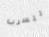
تتسرب